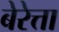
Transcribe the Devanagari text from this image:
बेरेत्ता